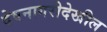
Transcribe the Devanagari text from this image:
देवनागरीदेखील